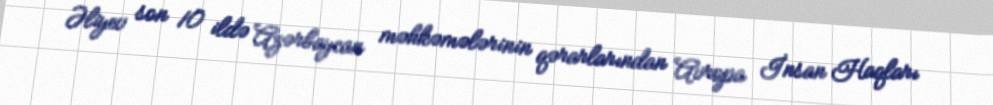
Əliyev son 10 ildə Azərbaycan məhkəmələrinin qərarlarından Avropa İnsan Haqları